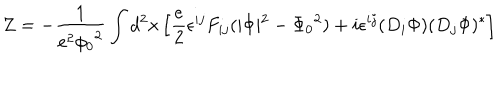
LaTeX: Z = - \frac { 1 } { e ^ { 2 } { \phi _ { 0 } } ^ { 2 } } \int d ^ { 2 } x \left[ \frac { e } { 2 } \epsilon ^ { i j } F _ { i j } ( \vert \Phi \vert ^ { 2 } - { \Phi _ { 0 } } ^ { 2 } ) + i \epsilon ^ { i j } ( D _ { i } \Phi ) ( D _ { j } \Phi ) ^ { * } \right]